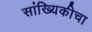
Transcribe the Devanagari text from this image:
सांख्यिकीचा